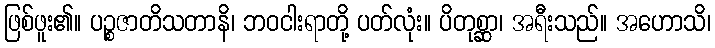
ဖြစ်ဖူး၏။ ပဉ္စဇာတိသတာနိ၊ ဘဝငါးရာတို့ ပတ်လုံး။ ပိတုစ္ဆာ၊ အရီးသည်။ အဟောသိ၊